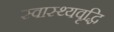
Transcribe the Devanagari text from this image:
स्वास्थ्यवृद्धि